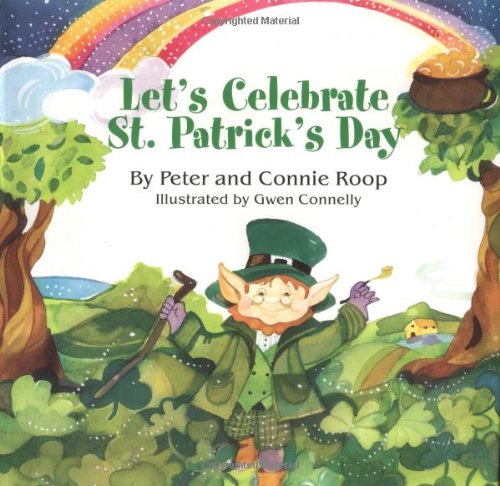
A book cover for Lets Celebrate St Patricks Day (Single Titles); Peter Roop; Children's Books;